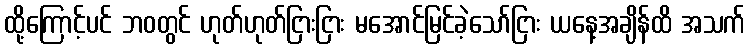
ထို့ကြောင့်ပင် ဘဝတွင် ဟုတ်ဟုတ်ငြားငြား မအောင်မြင်ခဲ့သော်ငြား ယနေ့အချိန်ထိ အသက်